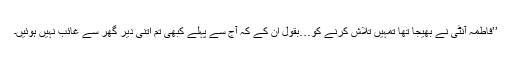
’’فاطمہ آنٹی نے بھیجا تھا تمہیں تلاش کرنے کو…بقول ان کے کہ آج سے پہلے کبھی تم اتنی دیر گھر سے غائب نہیں ہوئیں۔